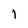
Character: 1